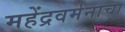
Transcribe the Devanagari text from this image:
महेंद्रवर्मनाचा